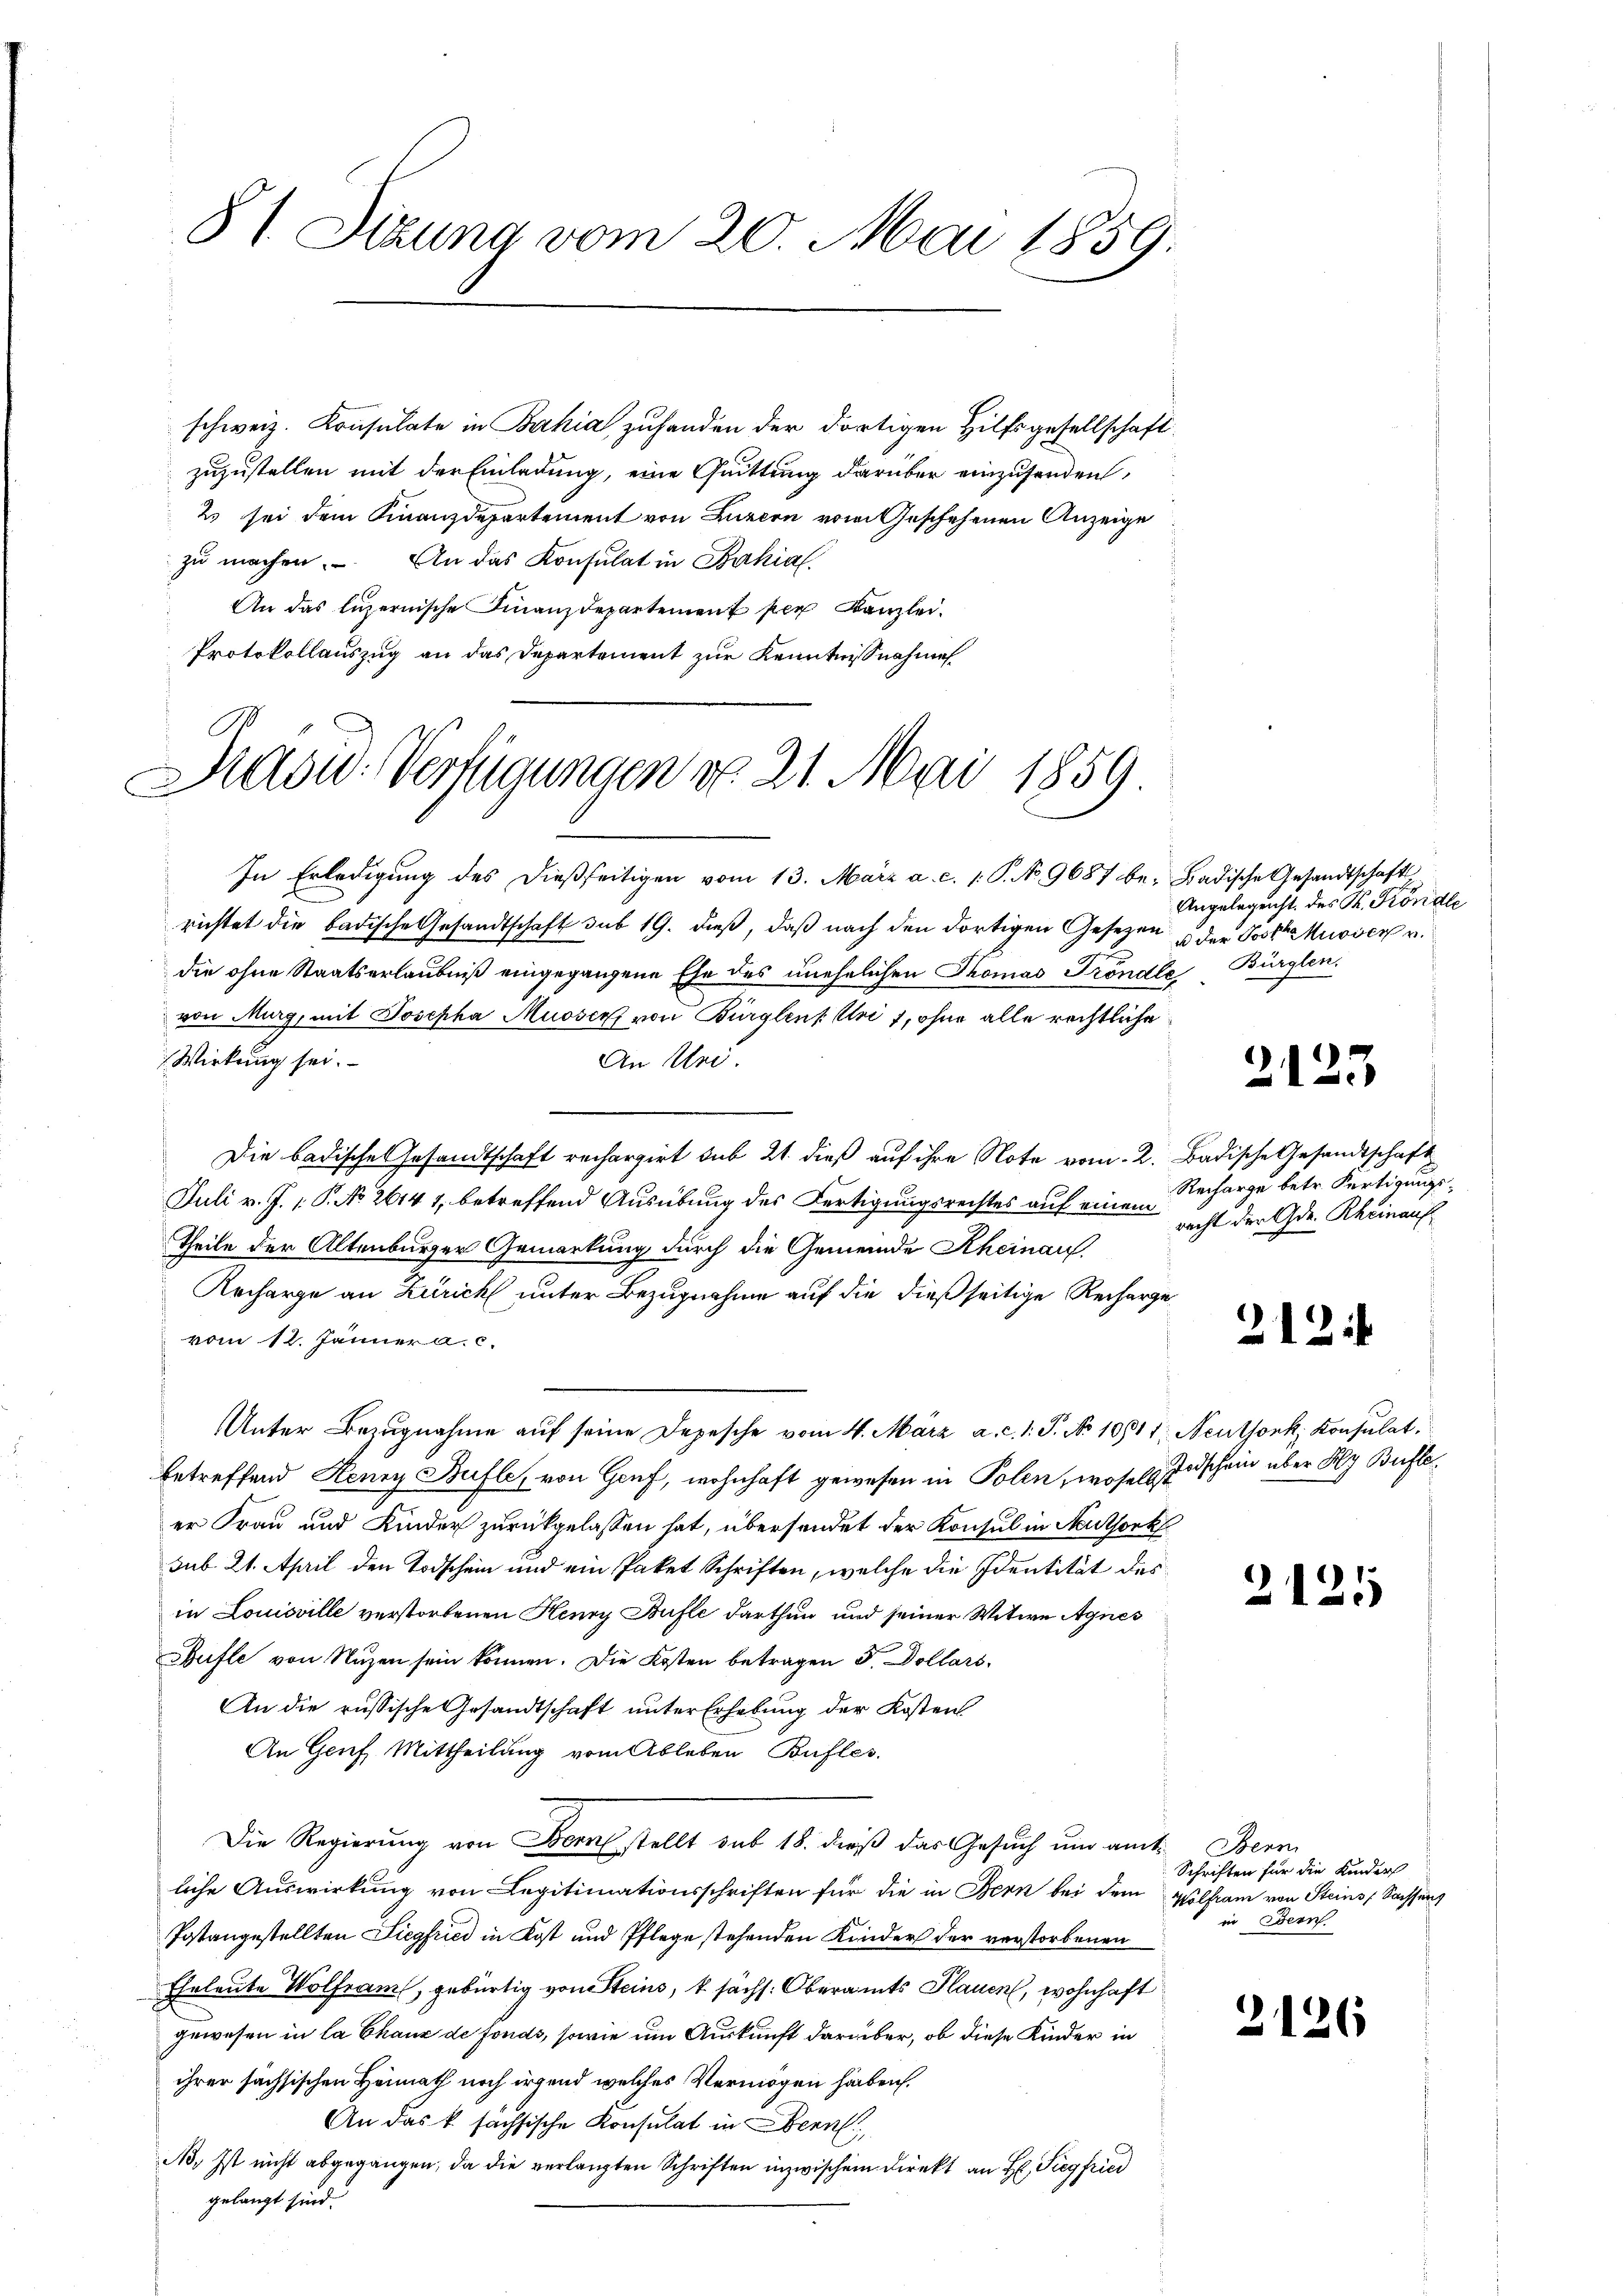
81 Sizung vom 20. Mai 1859.

schweiz. Konsulate in Bahia zuhanden der dortigen Hilfsgesellschaft
zuzustellen mit der Einladung, eine Quittung darüber einzusenden,
2 sei dem Finanzdepartement von Luzern von Geschehenen Anzeige
zu machen. An das Konsulat in Bahial.
An das luzernische Finanzdepartement per Kanzlei.
Protokollauszug an das Departement zur Kenntnißnahme
In Erledigung des dießseitigen vom 13. März a. c. 1: P. No 9687 be- Badische Gesandtschaft
richtet die badische Gesandtschaft sub 19. dieß, daß nach den dortigen Gesezen
die ohne Staatserlaubniß eingegangene Ehe des unehelichen Thomas Tröndle Bürglen,
von Murg, mit Josepha Musser von Bürglen Uri, ohne alle rechtliche
Wirkung sei.
An Uri.
Die badisches Gesandtschaft rechargirt sub 21. dieß auf ihre Note vom 2. Badische Gesandtschaft
Juli v. J. 1. P. No 26147, betreffend Ausübung des Fertigungsrechtes auf einem
Theile der Altenburger Gemarkung durch die Gemeinde Rheinau
Ancharge an Zürich unter Bezugnahme auf die dießseitige Recharge
vom 12. Jänner a. c.
Unter Bezugnahme aŭf seine Depesche vom 4. März a. c. 1. P. No 10811, Neuthonk, Konsulat,
betreffend Renny Bufles von Genf, wohnhaft gewesen in Polen, woselbst
er Frau und Kinder zurückgelassen hat, übersendet der Konsul in Authork
sub 21. April den Todschein und ein Paket Schriften, welche die Identität des
in Louisville verstorbenen Henry Bufle darthun und seiner Witwe Agnes
Gufle von Nuzen sein können. Die Kosten betragen S. Dollars
An die russische Gesandtschaft unter Erhebung der Kosten
An Genf Mittheilung vom Ableben Bufles.
Die Regierung von Bern stellt sub 18. dieß das Gesuch um amt Bern
liche Auswirkung von Legitimationsschriften für die in Bern bei dem Wolfram von Steins, Sachsung
Postangestellten Liegfried in Kost und Pflege stehenden Kinder der verstorbenen
Eheleute Wolfram, gebürtig von Steins, u sächs. Oberamts Plauen, wohnhaft
gewesen in la Chaux de fonds, sowie um Auskunft darüber, ob diese Kinder in
ihrer sächsischen Heimath noch irgend welches Vermögen haben.
An das k. sächsische Konsulat in Bern,
No. Ist nicht abgegangen, da die verlangten Schriften inzwischen Direkt an H: Siegfried
gelangt sind.

Aadw. Verfügungen v. 21. Mai 1859

Angelegenst des K. Köndle
u der Postka knover v.

2125

Recharge betr. Fertigungs-
recht der Gr. Rheinauf

212

Todschein über Kly Bufle¬

2121

Schriften für die Kinder
in Bern.

2126